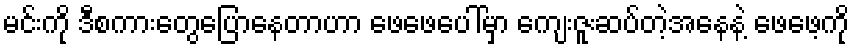
မင်းကို ဒီစကားတွေပြောနေတာဟာ ဖေဖေပေါ်မှာ ကျေးဇူးဆပ်တဲ့အနေနဲ့ ဖေဖေ့ကို